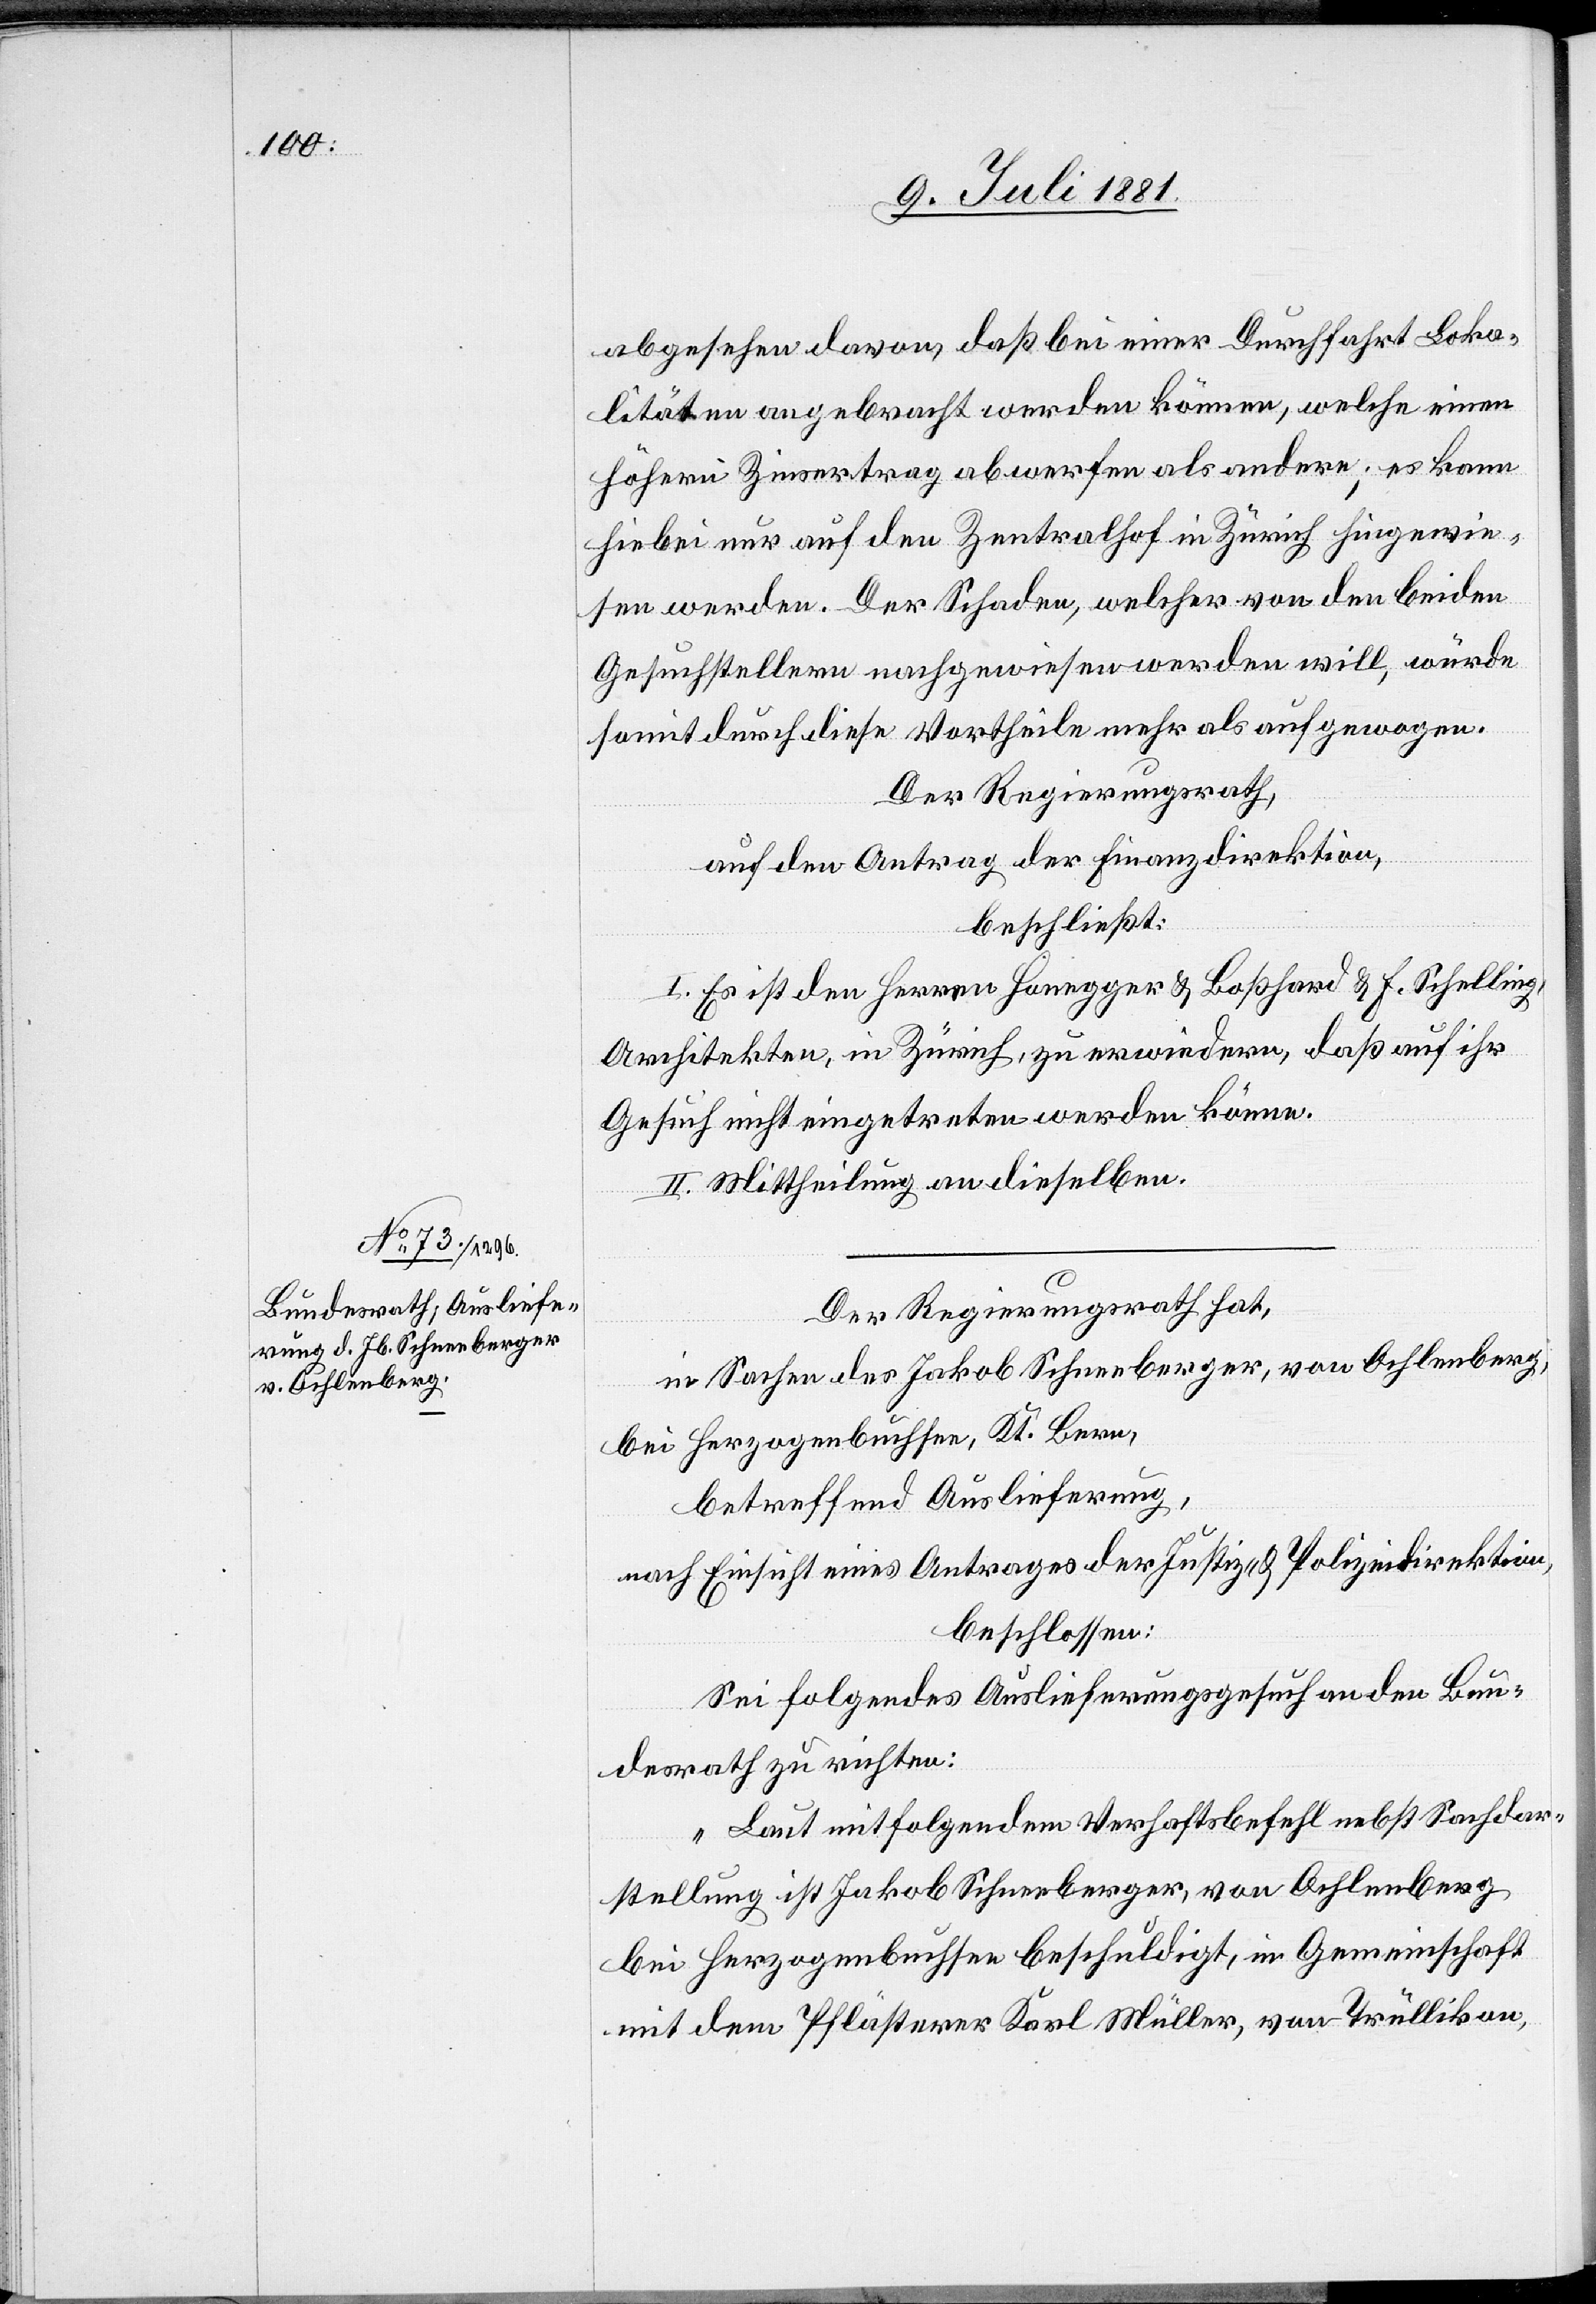
abgesehen davon, daß bei einer Durchfahrt Loka¬
litäten angebracht werden können, welche einen
höhern Zinsertrag abwerfen als andere; es kann
hiebei nur auf den Zentralhof in Zürich hingewie¬
sen werden. Der Schaden, welcher von den beiden
Gesuchstellern nachgewiesen werden will, würde
somit durch diese Vortheile mehr als aufgewogen.
Der Regierungsrath,
auf den Antrag der Finanzdirektion,
beschließt:
I. Es ist den Herren Honegger & Boßhard & F. Schelling,
Architekten, in Zürich, zu erwiedern, daß auf ihr
Gesuch nicht eingetreten werden könne.
II. Mittheilung an dieselben.
Der Regierungsrath hat,
in Sachen des Jakob Schneeberger, von Ochlenberg,
bei Herzogenbuchsee, Kt. Bern,
betreffend Auslieferung,
nach Einsicht eines Antrages der Justiz- & Polizeidirektion,
beschlossen:
Sei folgendes Auslieferungsgesuch an den Bun¬
desrath zu richten:
„Laut mitfolgendem Verhaftsbefehl nebst Sachdar¬
stellung ist Jakob Schneeberger, von Ochlenberg
bei Herzogenbuchsee beschuldigt, in Gemeinschaft
mit dem Pflästerer Karl Müller, von Trüllikon,